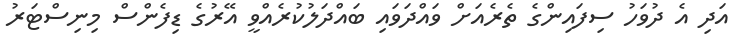
އަދި އެ ދުވަހު ސިފައިންގެ ތެރެއަށް ވައްދަވައި ބައްދަލުކުރެއްވީ އޭރުގެ ޑިފެންސް މިނިސްޓަރު